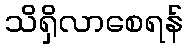
သိရှိလာစေရန်